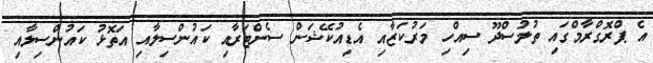
އެ ޕްރޮގްރާމްގައި ތުލުސްދޫ ސިއްހި މަރުކަޒާއި އެޑިއުކޭޝަން ސެންޓަރާއި ކައުންސިލާއި އަތޮޅު ކައުންސިލާއި